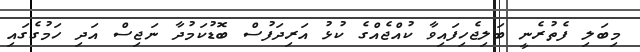
މިބަލި ފެތުރެނީ ބަލިޖެހިފައިވާ ކުއްޖެއްގެ ކުޅު އަރިދަފުސް ބޮޑުކަމުދާ ނަޖިސް އަދި ހަމުގެގައި